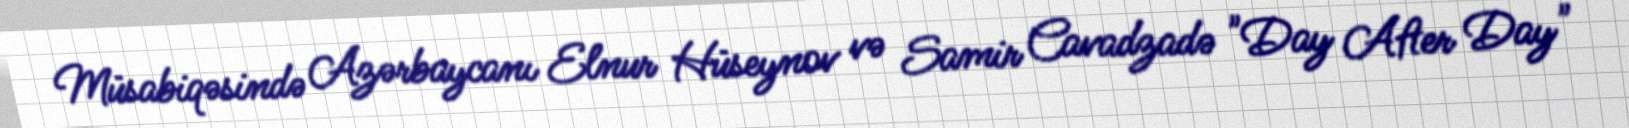
Müsabiqəsində Azərbaycanı Elnur Hüseynov və Samir Cavadzadə "Day After Day"